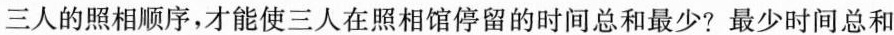
三人的照相顺序，才能使三人在照相馆停留的时间总和最少?最少时间总和